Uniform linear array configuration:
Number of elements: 12
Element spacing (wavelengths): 1
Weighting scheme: binomial
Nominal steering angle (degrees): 45
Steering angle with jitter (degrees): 45.533
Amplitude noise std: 0.05
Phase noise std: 0.05

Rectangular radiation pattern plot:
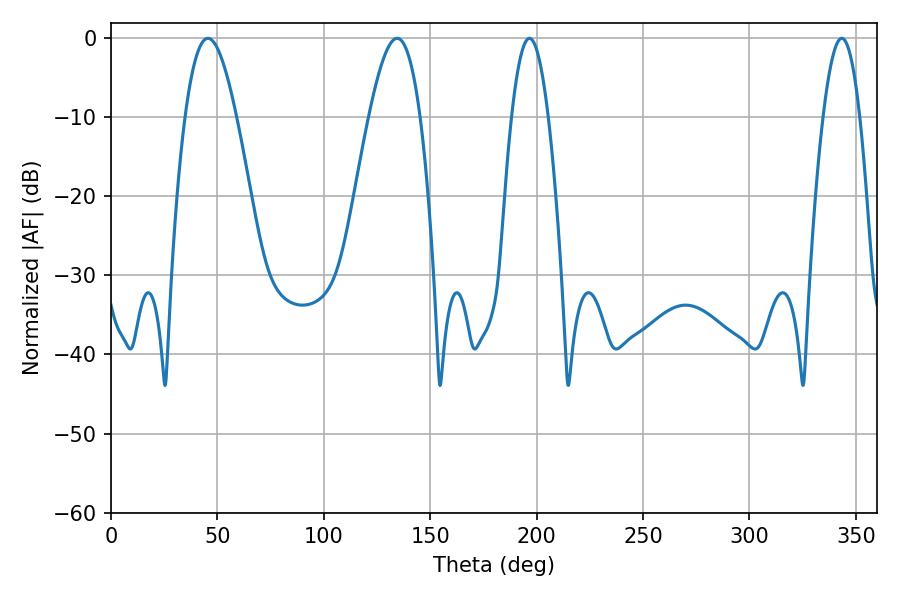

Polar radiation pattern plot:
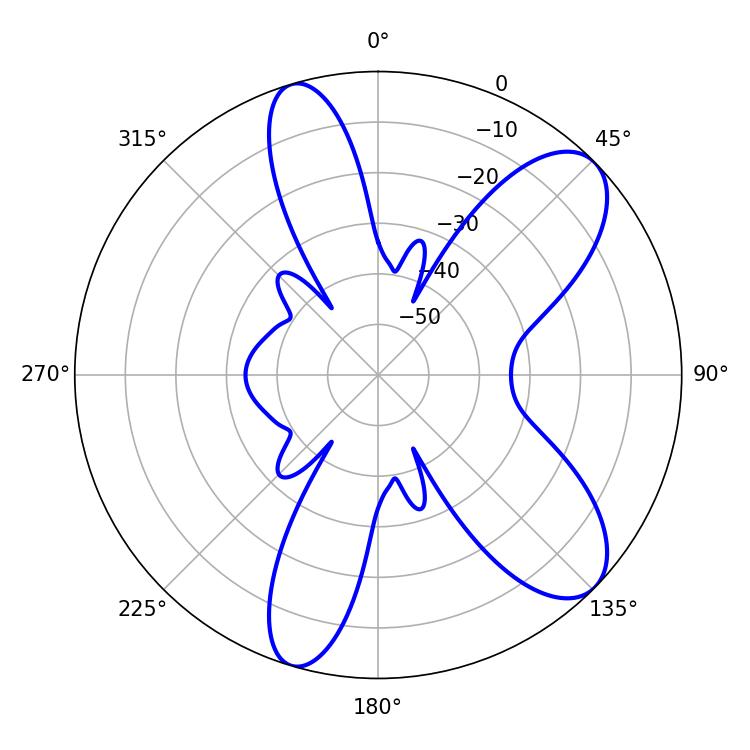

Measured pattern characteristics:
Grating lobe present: TRUE
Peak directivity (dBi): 8.959
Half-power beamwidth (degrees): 12.96
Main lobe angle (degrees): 45.54